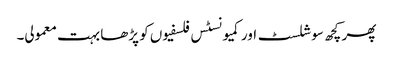
پھر کچھ سوشلسٹ اور کمیونسٹس فلسفیوں کو پڑھا بہت معمولی۔